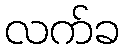
လက်ခ